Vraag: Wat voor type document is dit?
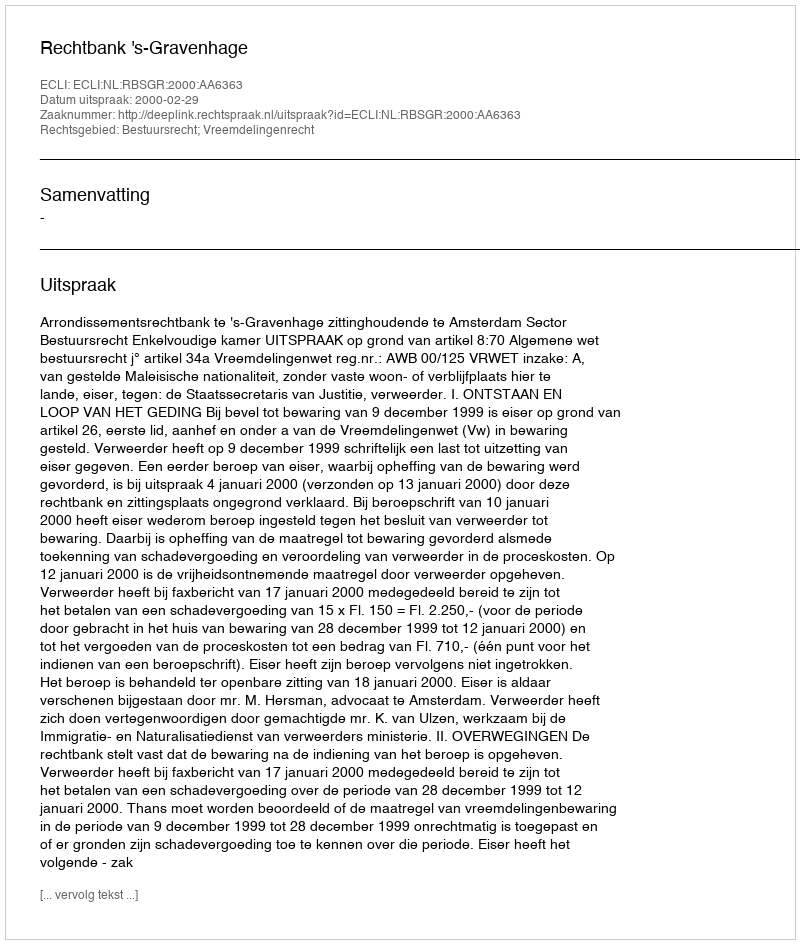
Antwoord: Uitspraak